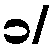
၁/